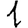
Digit: 1